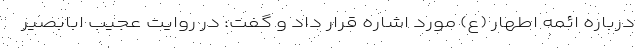
درباره ائمه اطهار (ع) مورد اشاره قرار داد و گفت: در روایت عجیب ابابصیر